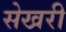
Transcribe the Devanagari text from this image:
सेखरी